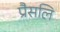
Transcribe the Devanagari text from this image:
प्रैसलि